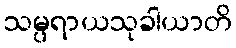
သမ္ပရာယသုခါယာတိ